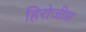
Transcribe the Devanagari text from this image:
हिरोजीस